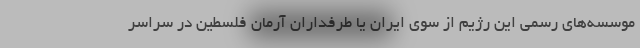
موسسه‌های رسمی این رژیم از سوی ایران یا طرفداران آرمان فلسطین در سراسر